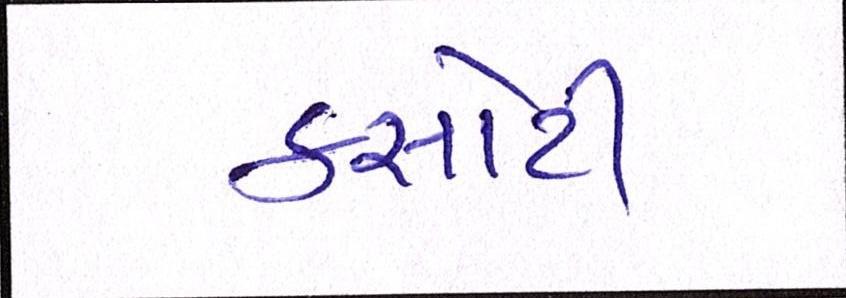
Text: કસોટી